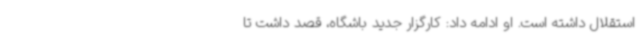
استقلال داشته است. او ادامه داد: کارگزار جدید باشگاه، قصد داشت تا